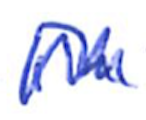
Text: in
Cross-out: zig-zag
Writing tool: ballpoint